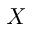
X